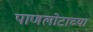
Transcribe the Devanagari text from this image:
पाणलोटाच्या